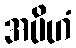
အပိဟံ